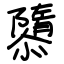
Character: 隳